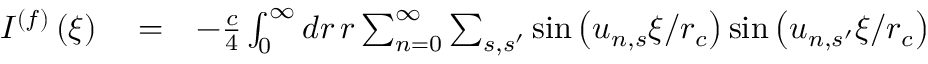
\begin{array} { r l r } { I ^ { ( f ) } \left( \xi \right) } & { { } = } & { - \frac { c } { 4 } \int _ { 0 } ^ { \infty } d r \, r \sum _ { n = 0 } ^ { \infty } \sum _ { s , s ^ { \prime } } \sin \left( u _ { n , s } \xi / r _ { c } \right) \sin \left( u _ { n , s ^ { \prime } } \xi / r _ { c } \right) } \end{array}